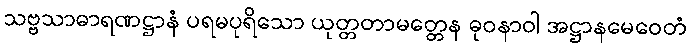
သဗ္ဗသာဓာရဏဋ္ဌာနံ ပရမပုရိသော ယုတ္တတာမတ္တေန ဓုဝနာဝါ အဋ္ဌာနမေဝေတံ